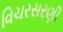
વિચરસરણી